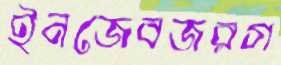
ইনজেবজরগ